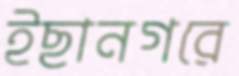
ইছানগরে